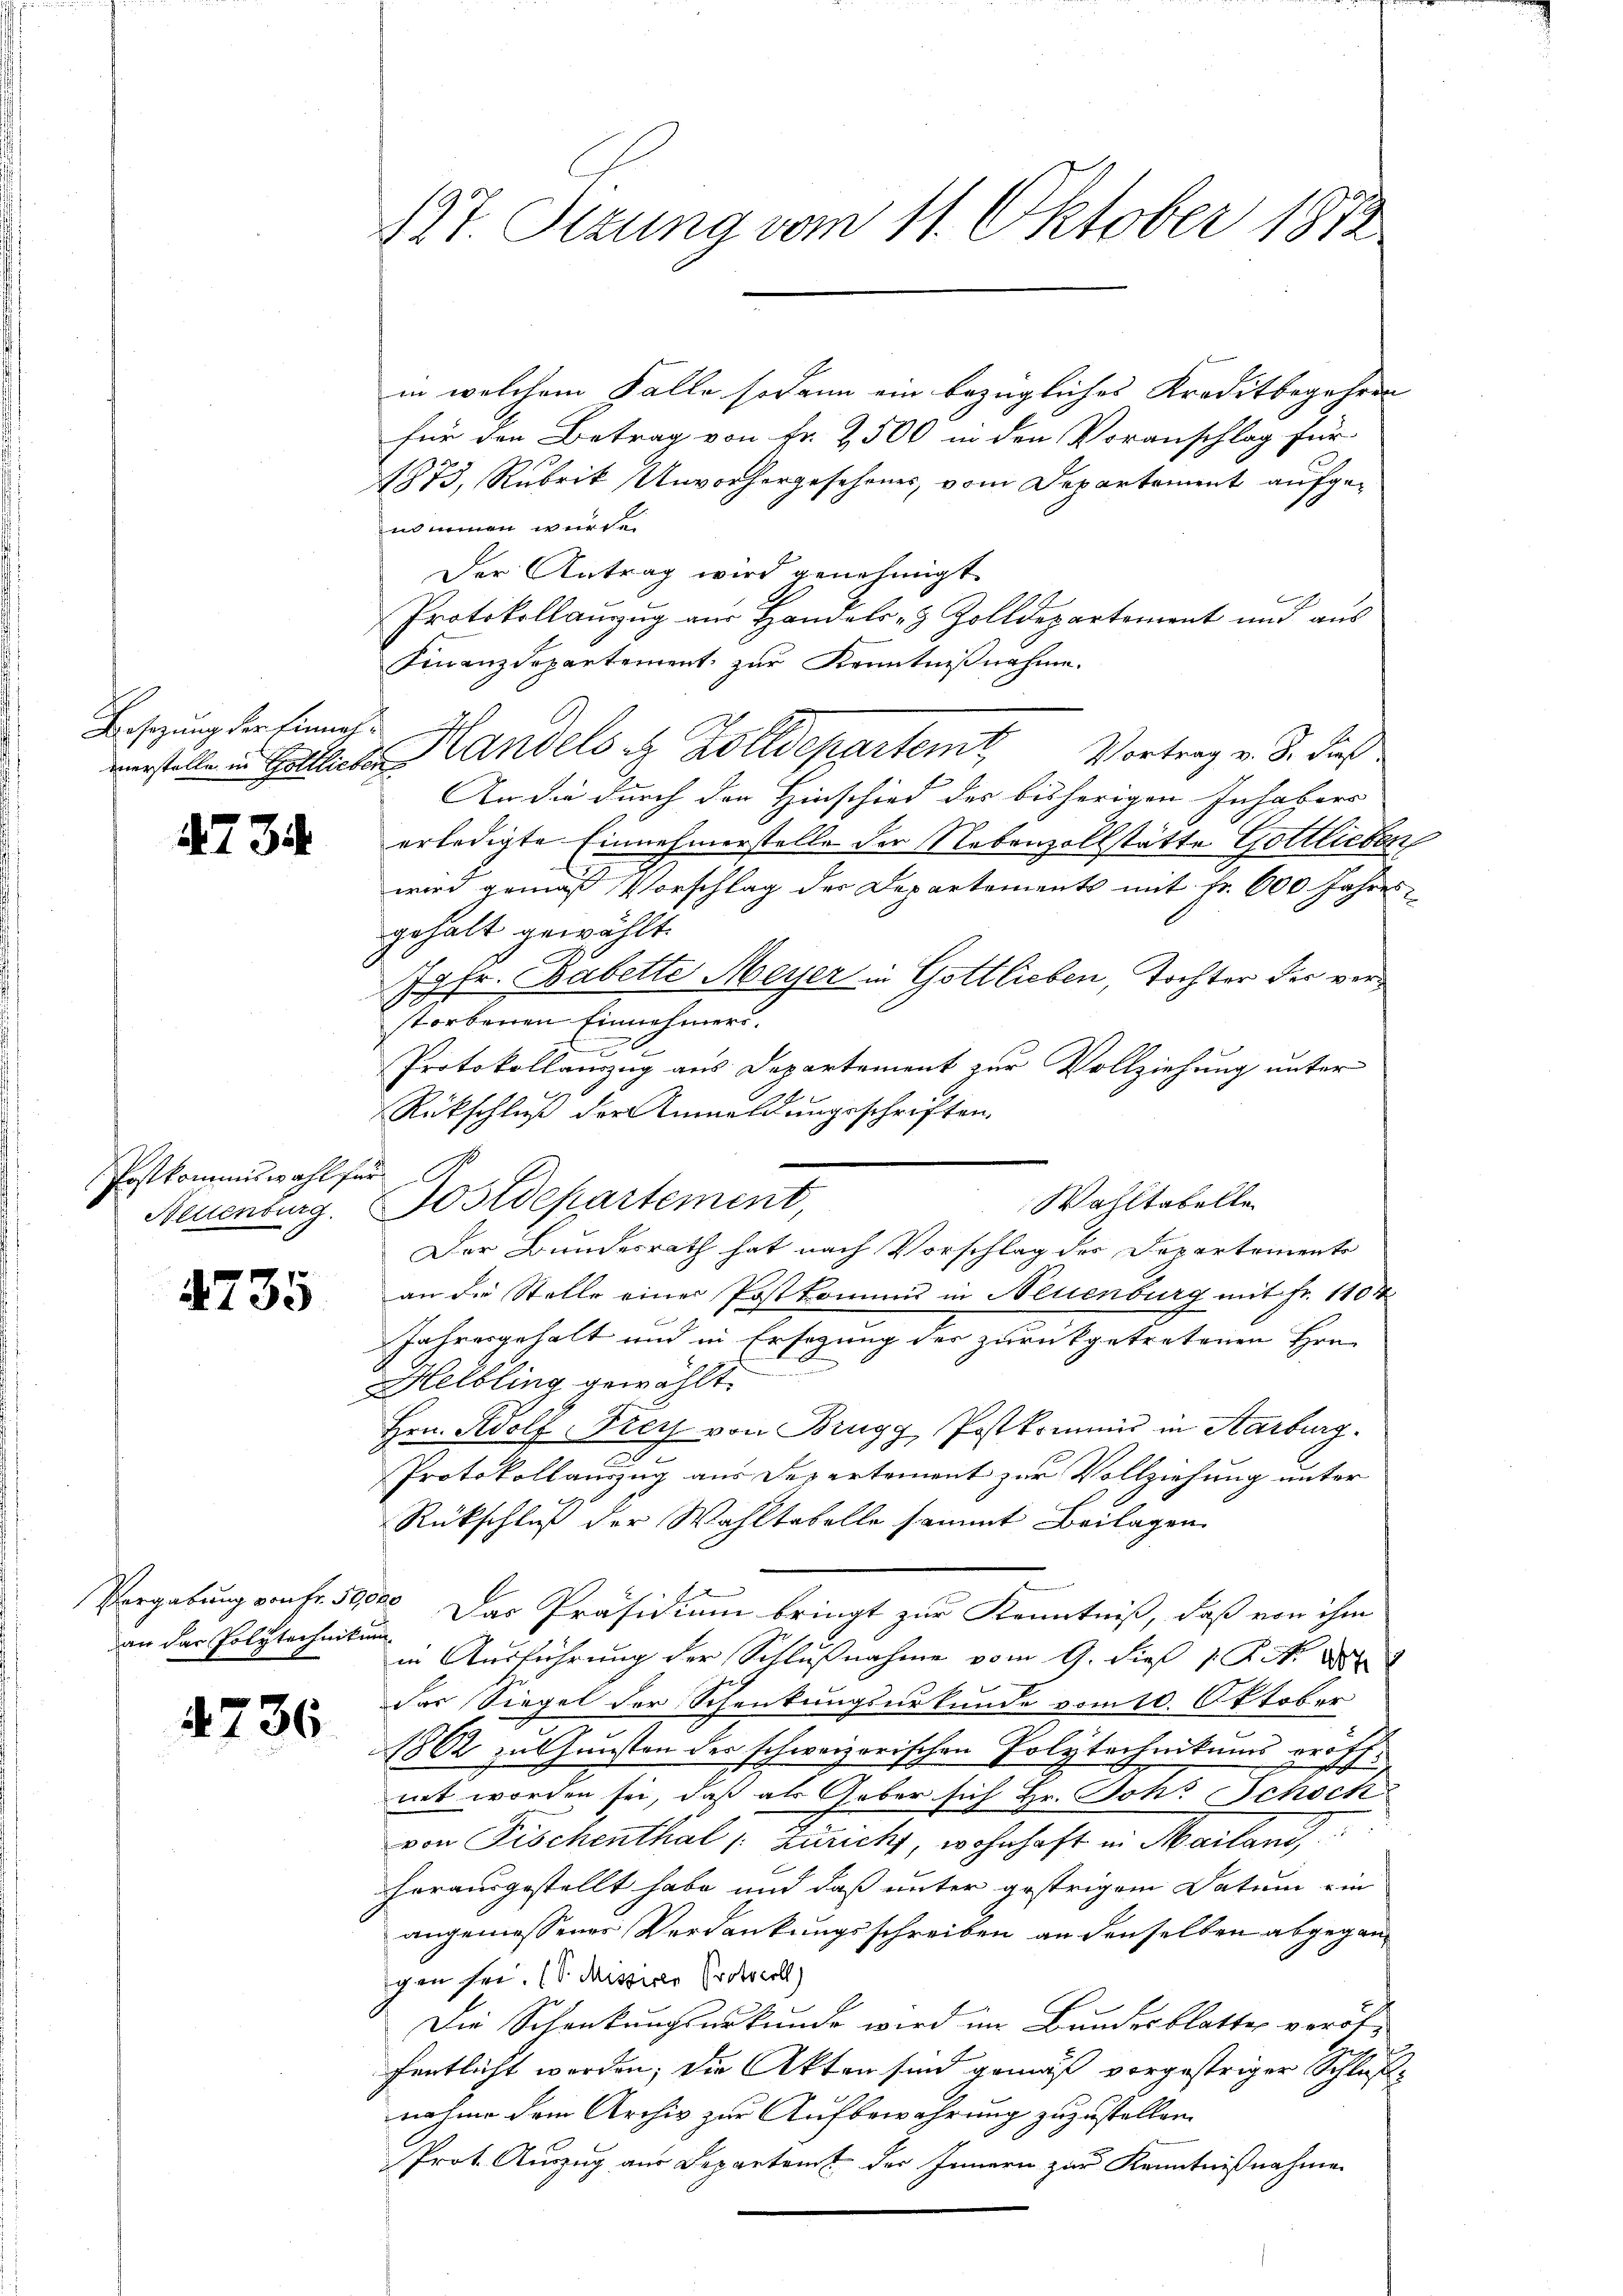
Besetzung der Einnah¬

4734.

in welchem Falle sodann ein bezügliches Kreditbegehren
für den Betrag von Fr. 2500 in den Voranschlag für
1873, Rubrik Unvorhergeschenes, vom Departement aufgein einen würde
Der Antrag wird genehmigt.
h
.
Protokollauszug aus Handels- & Zolldepartement und aus
Finanzdepartement zur Kenntnißnahme.
werstelle in Galler Handels u. Zolldepartemt, Vortrag v. J. dieß
An die durch der Hinschied des bisherigen Inhabers
erledigte Einnehmerstelle der Nebenzollstätte Gottlieben
wird gemäß Vorschlag der Departements mit Fr. 600 Jahres-
gehalt gewählt.
77 Fr. Babette Meyer in Gottlieben, Tochter der verstorbenen Einnehmers.
e
Protokollanzug aus Departement zur Vollziehung unter
Rückschluß der Anmeldungeschriften.
an die Stelle einer Postkomuns in Neuenburg mit Fr. 1104
Jahresgehalt und in Ersezung der zurückgetretenen Hrn.
Helbling gewählt.
Hrn. Adolf Krey von Brugg Postkommis in Aarburg.
g
Protokollauszug aus Departement zur Vollziehung unter
Rückschluß der Wahltabelle sammt Beilagen
.
Vergabung von Fr. 50000. Das Präsidium bringt zur Kenntniß, daß von ihm
in Ausführung der Schlußnahme vom 9. dieß 1 S. 188
Das Siegel der Schenkungsurkunde vom 10. Oktober
1862 zu Gunsten der schweizerischen Polytechnikums eröffnet worden sei, daß als Gaber sich Hr. Joh. Schock
von Fischenthal (: Züricht, wohnhaft in Mailand,
herausgestellt habe und daß unter gestrigem Datum ein
angemessener Verdankungsschreiben an denselben abgegangen sei. (S. Missives Protocoll)
Die Schenkungsurkunde wird im Bundesblatte veröfuch
fentlicht worden; die Akten sind gemäß vorgestriger Schlußnahme dem Archiv zur Aufbewahrung zuzustellen.
Prot. Auszug aus Departem der Innern zur Kenntnißnahmen

Postkommiswahl für
Neuenburg.

4735

an das Polytechnikum

4736

137. Sizung vom 11. Oktober 1872

Fostdepartement,

Wahltabelle
Der Bundesrath hat nach Vorschlag der Departements